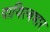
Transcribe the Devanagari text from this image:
दायित्वभार